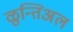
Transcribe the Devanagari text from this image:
ळुन्तिअल